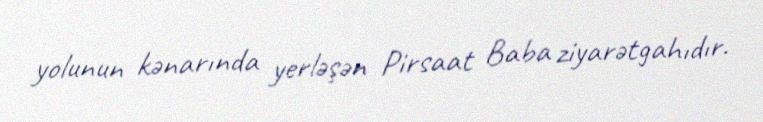
yolunun kənarında yerləşən Pirsaat Baba ziyarətgahıdır.